Scientific memoirs by medical officers of the Army of India - Part X,
Year: 1897
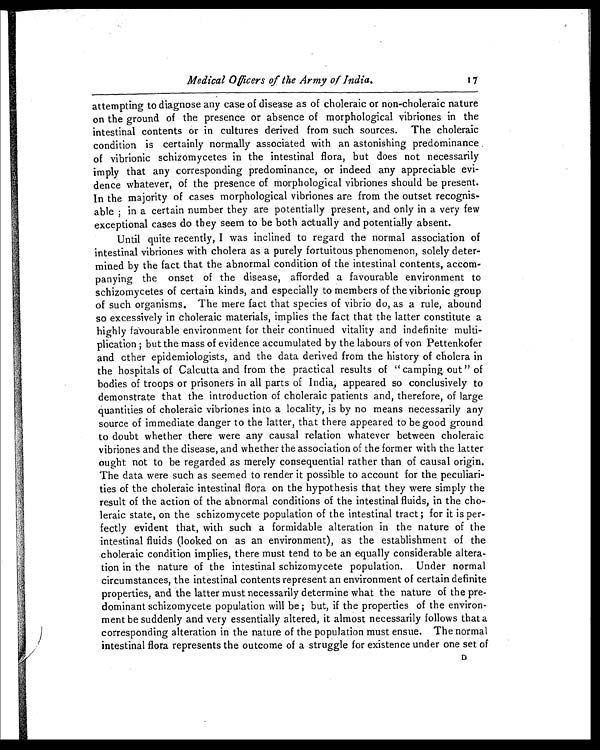
Medical Officers of the Army of India.
17
attempting to diagnose any case of disease as of choleraic or non-choleraic nature
on the ground of the presence or absence of morphological vibriones in the
intestinal contents or in cultures derived from such sources. The choleraic
condition is certainly normally associated with an astonishing predominance
of vibrionic schizomycetes in the intestinal flora, but does not necessarily
imply that any corresponding predominance, or indeed any appreciable evi-
dence whatever, of the presence of morphological vibriones should be present.
In the majority of cases morphological vibriones are from the outset recognis-
able ; in a certain number they are potentially present, and only in a very few
exceptional cases do they seem to be both actually and potentially absent.
Until quite recently, I was inclined to regard the normal association of
intestinal vibriones with cholera as a purely fortuitous phenomenon, solely deter-
mined by the fact that the abnormal condition of the intestinal contents, accom-
panying the onset of the disease, afforded a favourable environment to
schizomycetes of certain kinds, and especially to members of the vibrionic group
of such organisms. The mere fact that species of vibrio do, as a rule, abound
so excessively in choleraic materials, implies the fact that the latter constitute a
highly favourable environment for their continued vitality and indefinite multi-
plication ; but the mass of evidence accumulated by the labours of von Pettenkofer
and other epidemiologists, and the data derived from the history of cholera in
the hospitals of Calcutta and from the practical results of " camping out " of
bodies of troops or prisoners in all parts of India, appeared so conclusively to
demonstrate that the introduction of choleraic patients and, therefore, of large
quantities of choleraic vibriones into a locality, is by no means necessarily any
source of immediate danger to the latter, that there appeared to be good ground
to doubt whether there were any causal relation whatever between choleraic
vibriones and the disease, and whether the association of the former with the latter
ought not to be regarded as merely consequential rather than of causal origin.
The data were such as seemed to render it possible to account for the peculiari-
ties of the choleraic intestinal flora on the hypothesis that they were simply the
result of the action of the abnormal conditions of the intestinal fluids, in the cho-
leraic state, on the schizomycete population of the intestinal tract ; for it is per-
fectly evident that, with such a formidable alteration in the nature of the
intestinal fluids (looked on as an environment), as the establishment of the
choleraic condition implies, there must tend to be an equally considerable altera-
tion in the nature of the intestinal schizomycete population. Under normal
circumstances, the intestinal contents represent an environment of certain definite
properties, and the latter must necessarily determine what the nature of the pre-
dominant schizomycete population will be ; but, if the properties of the environ-
ment be suddenly and very essentially altered, it almost necessarily follows that a
corresponding alteration in the nature of the population must ensue. The normal
intestinal flora represents the outcome of a struggle for existence under one set of D